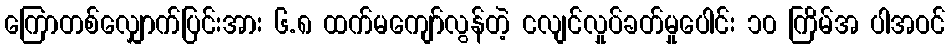
ကြောတစ်လျှောက်ပြင်းအား ၆.၈ ထက်မကျော်လွန်တဲ့ ငလျင်လှုပ်ခတ်မှုပေါင်း ၁၀ ကြိမ်အ ပါအဝင်